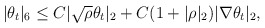
\begin{align*}|\theta_t|_6\leq C|\sqrt{\rho}\theta_t|_2+C(1+|\rho|_2)|\nabla \theta_t|_2,\end{align*}